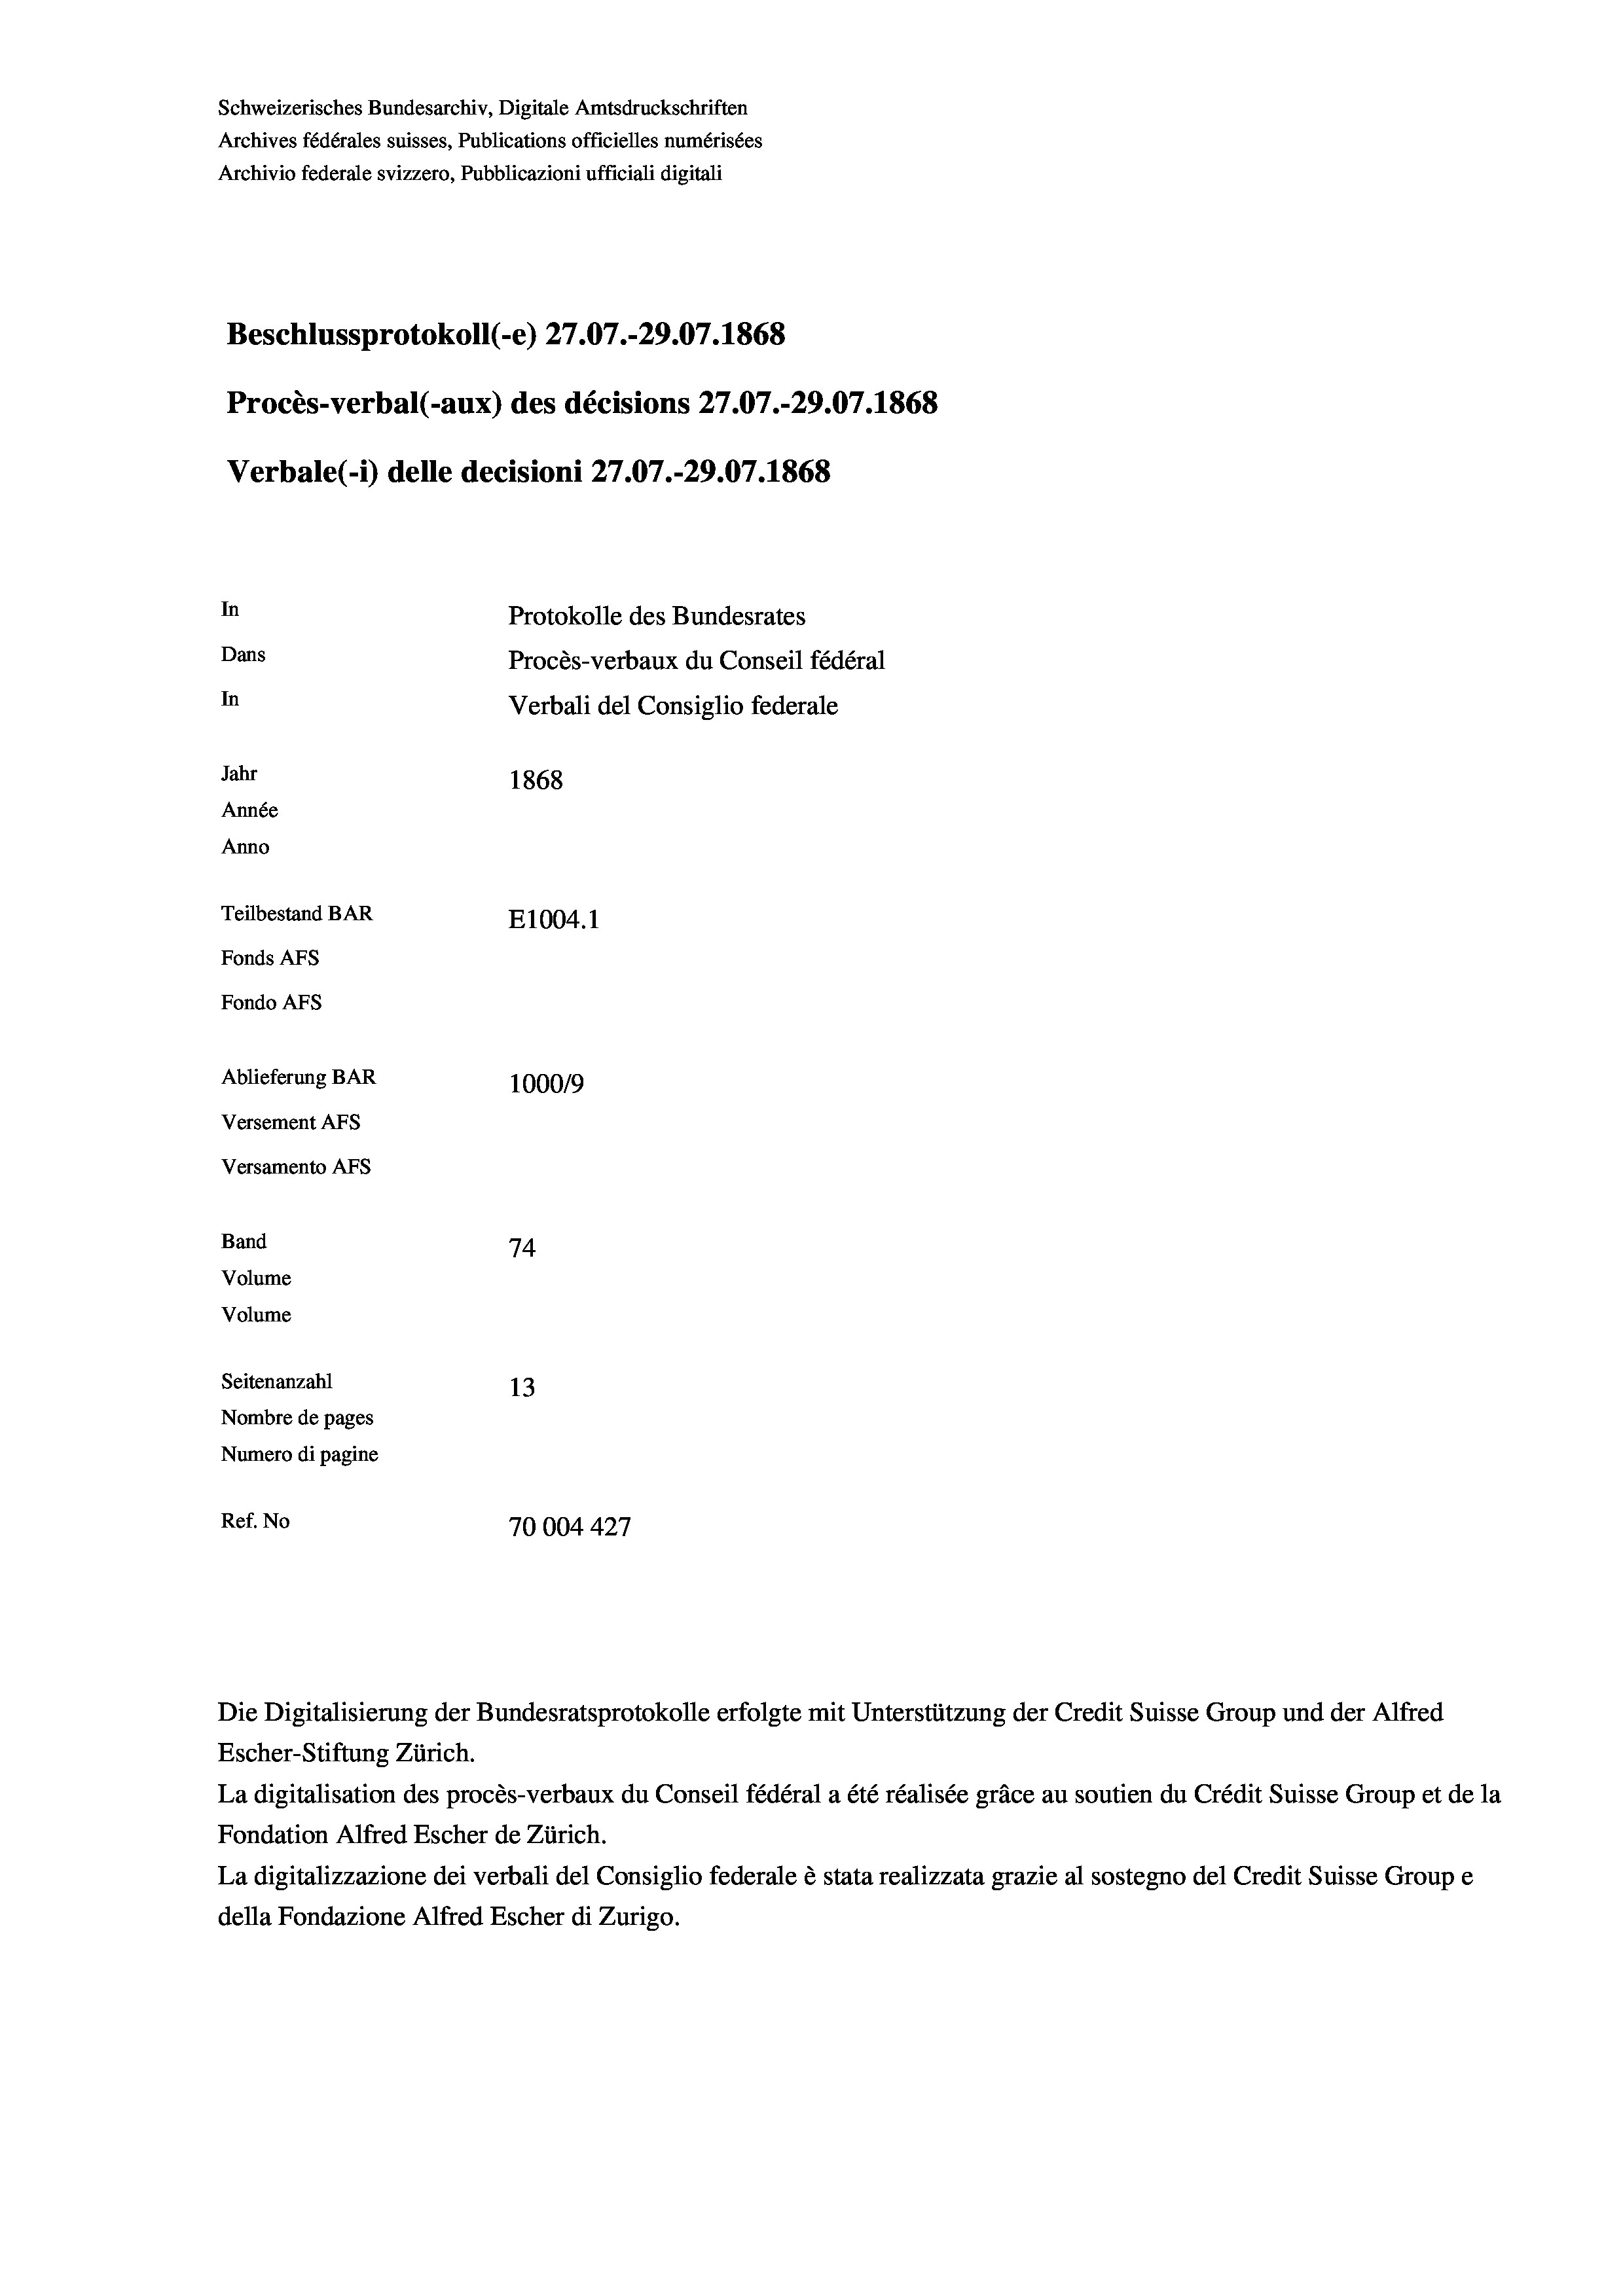
Schweizerisches Bundesarchiv, Digitale Amtsdruckschriften
Archives fédérales suisses, Publications officielles numérisées
Archivio federale svizzero, Pubblicazioni ufficiali digitali
Beschlussprotokoll (-e) 27.07.-29.07. 1868
Procès-verbal (-aux) des décisions 27.07.-29.07. 1868
Verbale(1) delle decisioni 27.07.-29.07. 1868
In
Protokolle des Bundesrates
Dans
Procès-verbaux du Conseil fédéral
In
Verbali del Consiglio federale
Jahr
1868
Année
Anno
Teilbestand BAR
E1004. 1
Fonds AFs
Fondo AFs
Ablieferung BAR
100019
Versement AFs
Versamento Afs
Band
74
Volume
Volume

Seitenanzahl
13
Nombre de pages
Numero di pagine
Ref. No
70004 427

Die Digitalisierung der Bundesratsprotokolle erfolgte mit Unterstützung der Credit Suisse Group und der Alfred
Escher-Stiftung Zürich.
La digitalisation des procès-verbaux du Conseil fédéral a été réalisée gräce au soutien du Crédit Suisse Group et de la
Fondation Alfred Escher de Zürich.
La digitalizzazione dei verbali del Consiglio federale è stata realizzata grazie al sostegno del Credit Suisse Groupe
della Fondazione Alfred Escher di Zurigo.